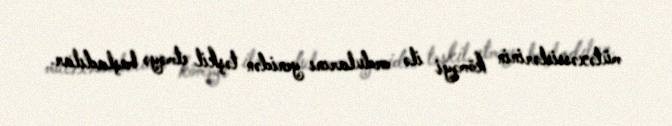
mütəxəssislərinin köməyi ilə ordularını yenidən təşkil etməyə başladılar.